Medical and sanitary report of the native army of Bengal for the year
Year: 1874
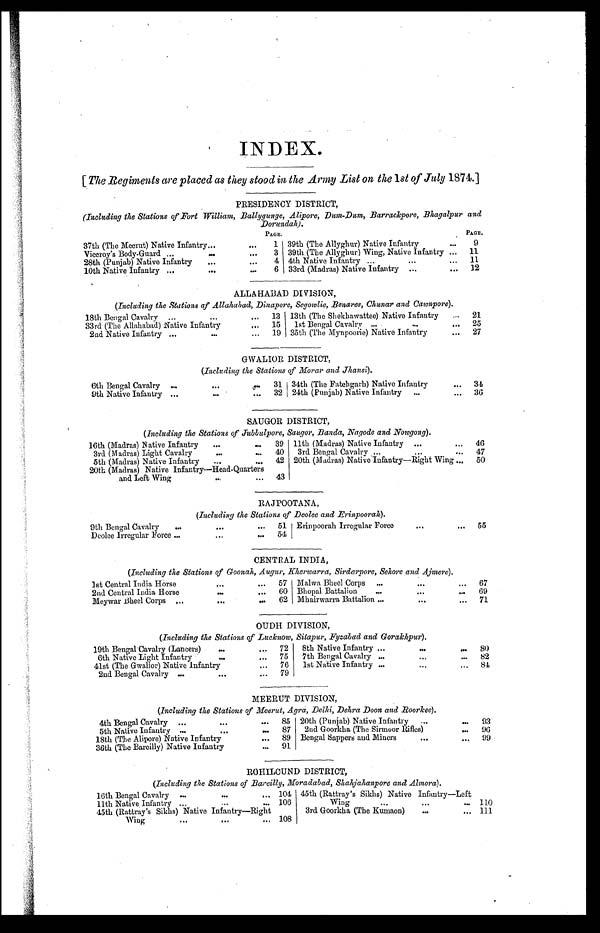
INDEX.
[The Regiments are placed as they stood in the Army List on the 1st of July 1874
.]
PRESIDENCY DISTRICT,
(Including the Stations of Fort William, Ballygunge, Alipore, Dum-Dum,, Barrackpore, Bhagalpur and
Dorundah).
P A G E .
P A G E .
37th (The Meerut) Native Infantry
1 39th (The Allyghur) Native Infantry
9
Viceroy's Body-Guard
3 39th (The Allyghur) Wing, Native Infantry
11
28th (Punjab) Native Infantry
4 4th Native Infantry
11
10th Native Infantry
6 33rd (Madras) Native Infantry
12
ALLAHABAD DIVISION,
(Including the Stations of Allahabad, Dinapore, Segowlie, Benares, Chunar and Cawnpore).
18th Bengal Cavalry
13 13th (The Shekhawattee) Native Infantry
21
33rd (The Allahabad) Native Infantry
15
1st Bengal Cavalry
25
2nd Native Infantry
19 35th (The Mynpoorie) Native Infantry
27
GWALIOR DISTRICT,
(Including the Stations of Morar and Jhansi).
6th Bengal Cavalry
31 34th (The Fatehgarh) Native Infantry
34
9th Native Infantry
32 24th (Punjab) Native Infantry
36
SAUGOR DISTRICT,
(Including the Stations of Jubbulpore, Saugor, Banda, Nagode and Nowgong).
16th (Madras) Native Infantry
39 11th (Madras) Native Infantry
46
3rd (Madras) Light Cavalry
40 3rd Bengal Cavalry
47
5th (Madras) Native Infantry
42 20th (Madras) Native Infantry—Right Wing
50
20th (Madras) Native Infantry—Head-Quarters
and Left Wing
43
RAJPOOTANA,
(Including the Stations of Deolee and Erinpoorah).
9th Bengal Cavalry
51 Erinpoorah Irregular Force
55
Deolee Irregular Force
54
CENTRAL INDIA,
(Including the Stations of Goonah, Augur, Kherwarra, Sirdarpore, Sehore and Ajmere).
1st Central India Horse
57 Malwa Bheel Corps
67
2nd Central India Horse
60 Bhopal Battalion
69
Meywar Bheel Corps
62 Mhairwarra Battalion
71
OUDH DIVISION,
(Including the Stations of Lucknow, Sitapur, Fyzabad and Gorakhpur).
19th Bengal-Cavalry (Lancers)
72 8th Native Infantry
80
6th Native Light Infantry
75
7th Bengal Cavalry
82
41st (The Gwalior) Native Infantry
76
1st Native Infantry
84
2nd Bengal Cavalry
79
MEERUT DIVISION,
(Including the Stations of Meerut, Agra, Delhi, Dehra Doon and Roorkee).
4th Bengal Cavalry
85 20th (Punjab) Native infantry
93
5th Native Infantry
87 2nd Goorkha (The Sirmoor Rifles)
96
18th (no Alipore) Native Infantry
89 Bengal Sappers and Miners
99
36th (The Bareilly) Native Infantry
91
ROHILCUND DISTRICT,
(Including the Stations of Bareilly, Moradabad. Skahjahanpore and Almora).
16th Bengal Cavalry
104 45th (Rattray's Sikhs) Native Infantry—Left Wing
110
11th Native Infantry
106
45th (Rattray's Sikhs) Native Infantry—Right
Wing
108
3rd Goorkha (The Kumaon)
1 1 1